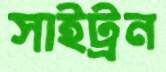
সাইট্রন